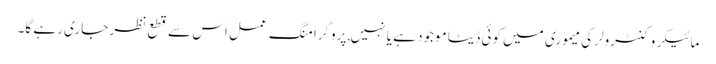
مائیکروکنٹرولر کی میموری میں کوئی ڈیٹا موجود ہے یا نہیں, پروگرامنگ عمل اس سے قطع نظر جاری رہے گا۔